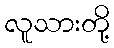
လူသားတို့